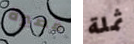
قصيرة ثملة